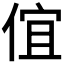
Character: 𠊙